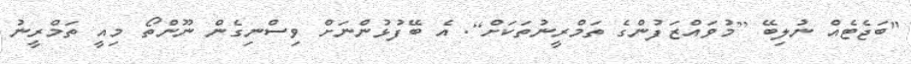
"ބަޖެޓެއް ނުލިބޭ [މުވައްޒަފުންގެ ތަމްރީނުތަކަށް]. އެ ބޭފުޅުންނަށް ވިސްނިގެން ނޫންތޯ މިއީ ތަމްރީނު